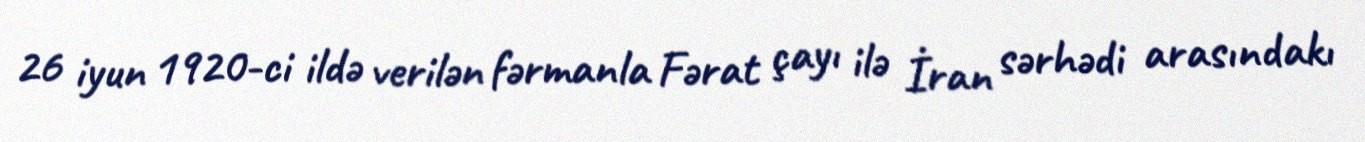
26 iyun 1920-ci ildə verilən fərmanla Fərat çayı ilə İran sərhədi arasındakı